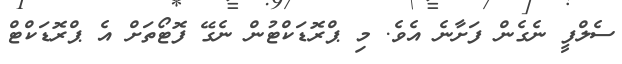
ސެލްފީ ނެގެން ފަށާނެ އެވެ. މި ޕްރޮޑަކްޓުން ނެގޭ ފޮޓޯތަށް އެ ޕްރޮޑަކްޓް